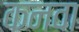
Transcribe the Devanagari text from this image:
कनवा